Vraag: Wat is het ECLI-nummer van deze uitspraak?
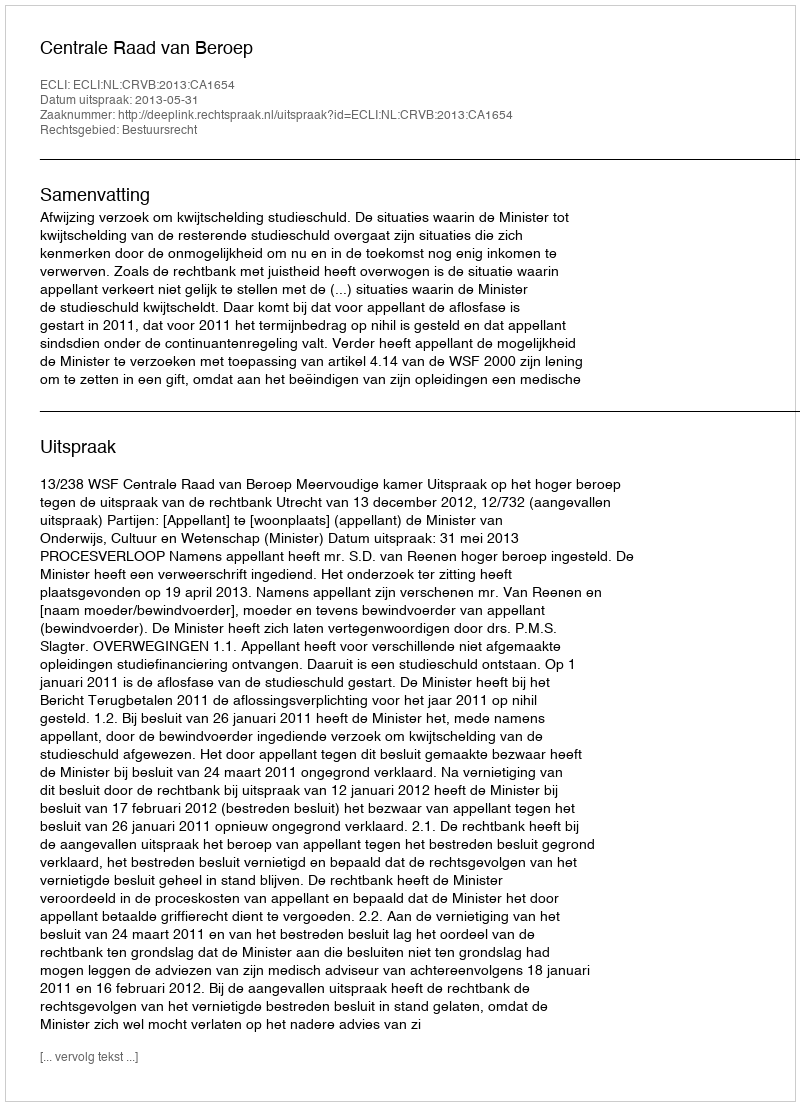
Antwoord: ECLI:NL:CRVB:2013:CA1654